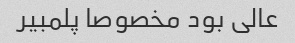
عالی بود مخصوصا پلمبیر